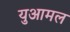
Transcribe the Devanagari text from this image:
युआमल